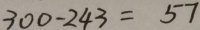
3 0 0 - 2 4 3 = 5 7